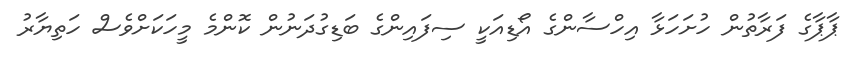
ޕާޕާގެ ފަރާތުން ހުށަހަޅާ އިހްސާންގެ އޯޑިއަކީ ސިފައިންގެ ބަޑިގުދަނުން ކޮންމެ މީހަކަށްވެސް ހަތިޔާރު